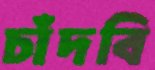
চাঁদবি